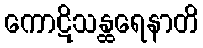
ကောဋိသန္ထရေနာတိ